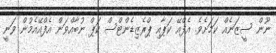
ނޫން ސީޒަނެއް ކަމަށެވެ. އެފްއޭ ކަޕާއި ޕްރެޒިޑެންޓްސް ކަޕް ނުބާއްވަން އެފްއޭއެމުން ވަނީ